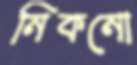
নিকনো